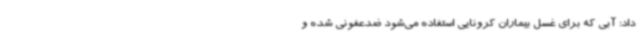
داد: آبی که برای غسل بیماران کرونایی استفاده می‌شود ضدعفونی شده و